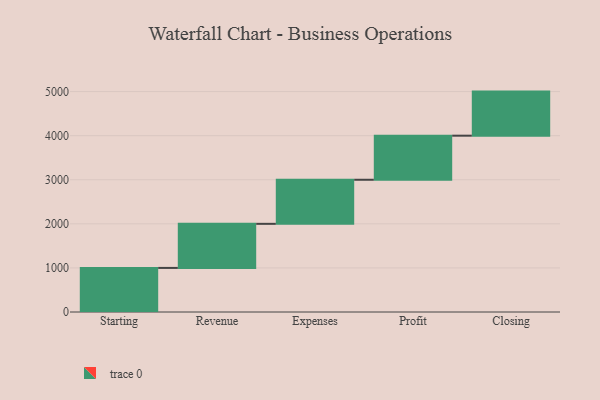
{"axis": {"x": "Step", "y": "Value"}, "legend": [""], "data": [{"x": "Starting", "y": 1000, "type": ""}, {"x": "Revenue", "y": 1000, "type": ""}, {"x": "Expenses", "y": 1000, "type": ""}, {"x": "Profit", "y": 1000, "type": ""}, {"x": "Closing", "y": 1000, "type": ""}]}